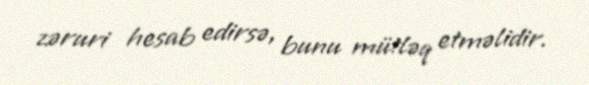
zəruri hesab edirsə, bunu mütləq etməlidir.